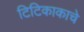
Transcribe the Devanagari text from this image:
टिटिकाकाचे